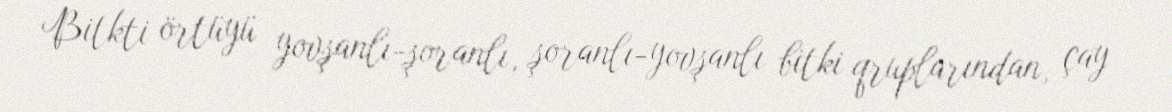
Bitkti örtüyü yovşanlı-şoranlı, şoranlı-yovşanlı bitki qruplarından, çay